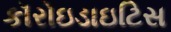
કૉરોઇડાઇટિસ